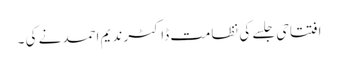
افتتاحی جلسے کی نظامت ڈاکٹر ندیم احمد نے کی ۔